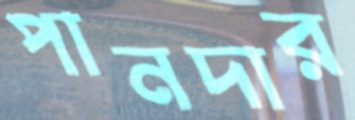
পানদার